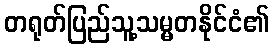
တရုတ်ပြည်သူ့သမ္မတနိုင်ငံ၏